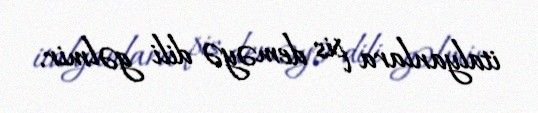
italyanlara pis deməyə dili gəlmir.